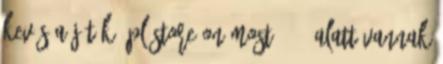
kevés a játék. Pl Store-on most 1500 alatt vannak